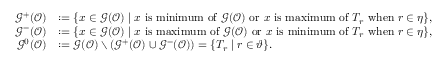
\begin{array} { r l } { \mathcal G ^ { + } ( \mathcal O ) } & { : = \{ x \in \mathcal G ( \mathcal O ) \mid x \mathrm { ~ i s ~ m i n i m u m ~ o f ~ } \mathcal G ( \mathcal O ) \mathrm { ~ o r ~ } x \mathrm { ~ i s ~ m a x i m u m ~ o f ~ } T _ { r } \mathrm { ~ w h e n ~ } r \in \eta \} , } \\ { \mathcal G ^ { - } ( \mathcal O ) } & { : = \{ x \in \mathcal G ( \mathcal O ) \mid x \mathrm { ~ i s ~ m a x i m u m ~ o f ~ } \mathcal G ( \mathcal O ) \mathrm { ~ o r ~ } x \mathrm { ~ i s ~ m i n i m u m ~ o f ~ } T _ { r } \mathrm { ~ w h e n ~ } r \in \eta \} , } \\ { \mathcal G ^ { 0 } ( \mathcal O ) } & { : = \mathcal G ( \mathcal O ) \setminus ( \mathcal G ^ { + } ( \mathcal O ) \cup \mathcal G ^ { - } ( \mathcal O ) ) = \{ T _ { r } \mid r \in \vartheta \} . } \end{array}